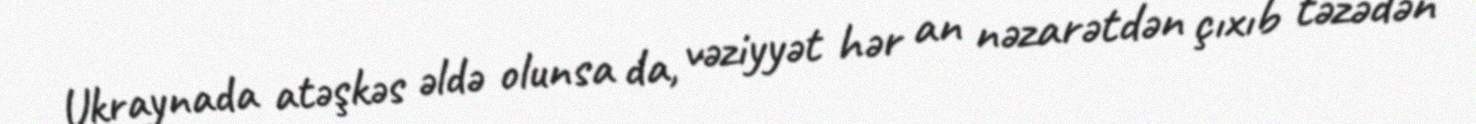
Ukraynada atəşkəs əldə olunsa da, vəziyyət hər an nəzarətdən çıxıb təzədən